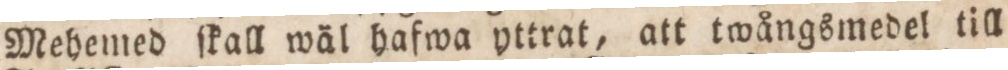
Mehemed ſkall wäl hafwa yttrat, att twångsmedel till